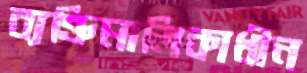
ব্যক্তিমালিকাধীন